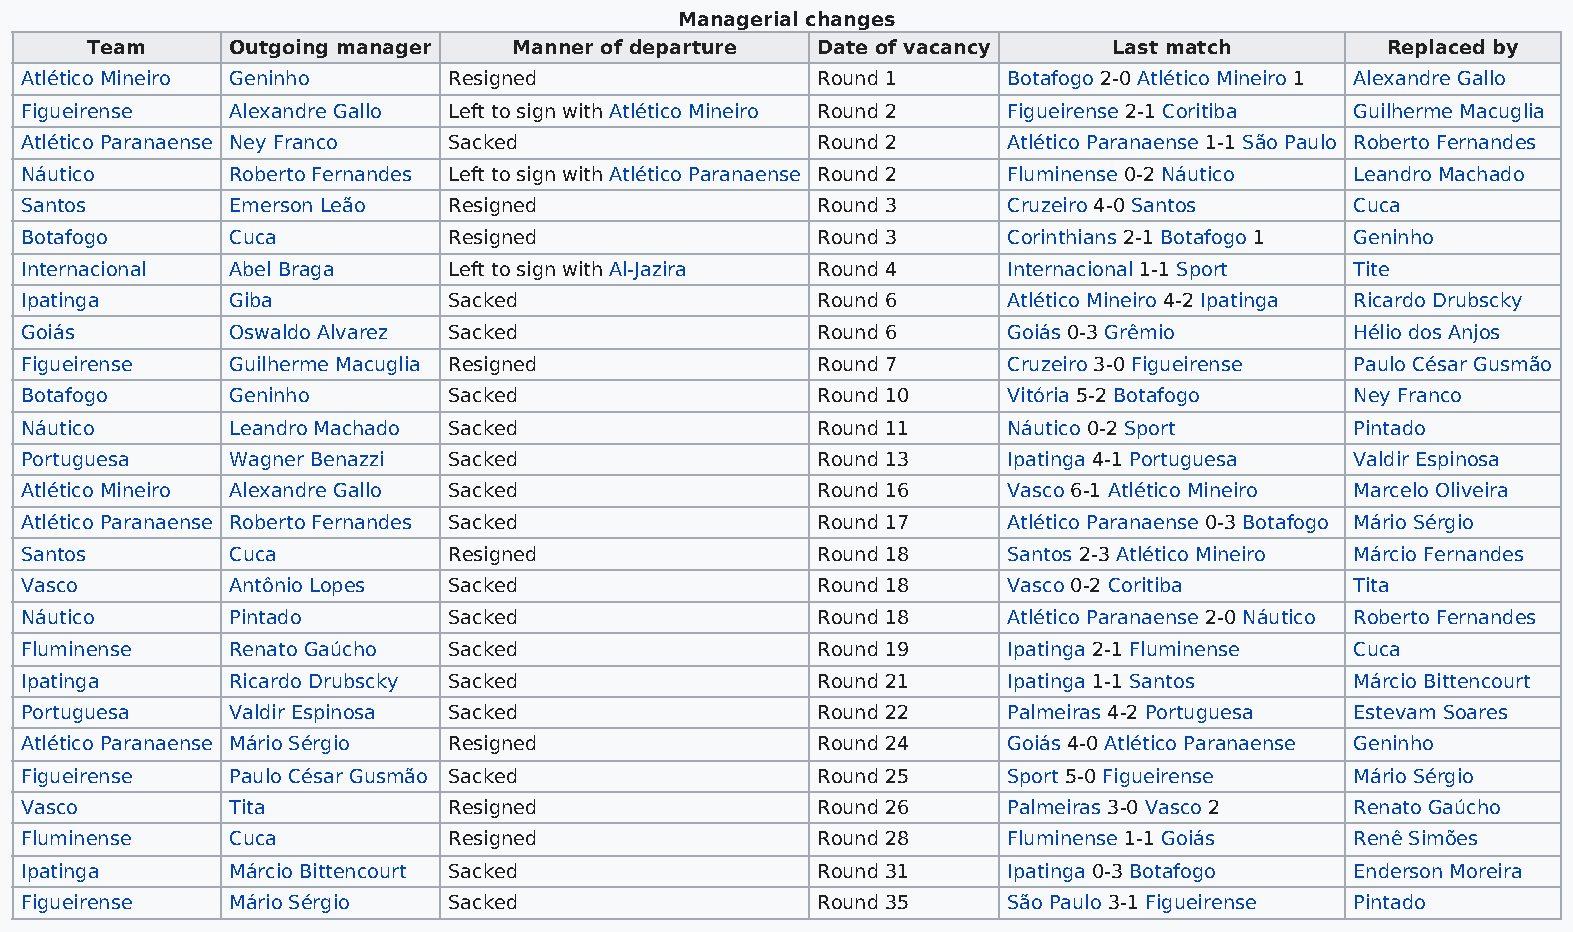
Managerial changes
 Team     Outgoing manager   Manner of departure Date of vacancy     Last match        Replaced by
 Atlético Mineiro Geninho     Resigned                Round 1      Botafogo 2-0 Atlético Mineiro 1 Alexandre Gallo
 Figueirense   Alexandre Gallo Left to sign with Atlético Mineiro Round 2 Figueirense 2-1 Coritiba Guilherme Macuglia
 Atlético Paranaense Ney Franco Sacked                Round 2      Atlético Paranaense 1-1 São Paulo Roberto Fernandes
 Náutico       Roberto Fernandes Left to sign with Atlético Paranaense Round 2 Fluminense 0-2 Náutico Leandro Machado
 Santos        Emerson Leão   Resigned                Round 3      Cruzeiro 4-0 Santos    Cuca
 Botafogo      Cuca           Resigned                Round 3      Corinthians 2-1 Botafogo 1 Geninho
 Internacional Abel Braga     Left to sign with Al-Jazira Round 4  Internacional 1-1 Sport Tite
 Ipatinga      Giba           Sacked                  Round 6      Atlético Mineiro 4-2 Ipatinga Ricardo Drubscky
 Goiás         Oswaldo Alvarez Sacked                 Round 6      Goiás 0-3 Grêmio       Hélio dos Anjos
 Figueirense   Guilherme Macuglia Resigned            Round 7      Cruzeiro 3-0 Figueirense Paulo César Gusmão
 Botafogo      Geninho        Sacked                  Round 10     Vitória 5-2 Botafogo   Ney Franco
 Náutico       Leandro Machado Sacked                 Round 11     Náutico 0-2 Sport      Pintado
 Portuguesa    Wagner Benazzi Sacked                  Round 13     Ipatinga 4-1 Portuguesa Valdir Espinosa
 Atlético Mineiro Alexandre Gallo Sacked              Round 16     Vasco 6-1 Atlético Mineiro Marcelo Oliveira
 Atlético Paranaense Roberto Fernandes Sacked         Round 17     Atlético Paranaense 0-3 Botafogo Mário Sérgio
 Santos        Cuca           Resigned                Round 18     Santos 2-3 Atlético Mineiro Márcio Fernandes
 Vasco         Antônio Lopes  Sacked                  Round 18     Vasco 0-2 Coritiba     Tita
 Náutico       Pintado        Sacked                  Round 18     Atlético Paranaense 2-0 Náutico Roberto Fernandes
 Fluminense    Renato Gaúcho  Sacked                  Round 19     Ipatinga 2-1 Fluminense Cuca
 Ipatinga      Ricardo Drubscky Sacked                Round 21     Ipatinga 1-1 Santos    Márcio Bittencourt
 Portuguesa    Valdir Espinosa Sacked                 Round 22     Palmeiras 4-2 Portuguesa Estevam Soares
 Atlético Paranaense Mário Sérgio Resigned            Round 24     Goiás 4-0 Atlético Paranaense Geninho
 Figueirense   Paulo César Gusmão Sacked              Round 25     Sport 5-0 Figueirense  Mário Sérgio
 Vasco         Tita           Resigned                Round 26     Palmeiras 3-0 Vasco 2  Renato Gaúcho
 Fluminense    Cuca           Resigned                Round 28     Fluminense 1-1 Goiás   Renê Simões
 Ipatinga      Márcio Bittencourt Sacked              Round 31     Ipatinga 0-3 Botafogo  Enderson Moreira
 Figueirense   Mário Sérgio   Sacked                  Round 35     São Paulo 3-1 Figueirense Pintado